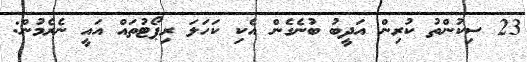
23 ސިކުންތު ކުރިން އަދީބު ބުނެގެން އެކި ކަހަލަ ރިޕޯޓުތައް އައީ ނެރެމުން: